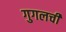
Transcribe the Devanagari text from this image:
गुगलची